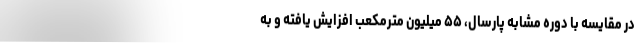
در مقایسه با دوره مشابه پارسال، ۵۵ میلیون مترمکعب افزایش یافته و به